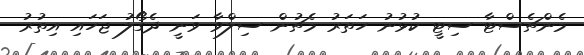
މެންޗެސްޓާ ސިޓީ ކުޅުނު ހަތަރު މެޗުން ސިލްވާ ވަނީ ދެގޯލު ޖަހައި އިތުރު